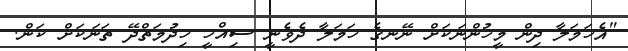
"އެހަމަލާ ދިން މީހުންނަކަށް ނޭނގެ ހަމަލާ ދެވެނީ ސިއްހީ ހިދުމަތްދޭ ތަނަކަށް ކަން.